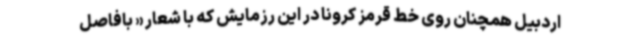
اردبیل همچنان روی خط قرمز کرونا در این رزمایش که با شعار « بافاصل